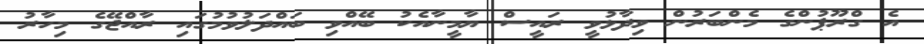
އެ ގްރޫޕުންގެ މެންބަރުން ވިދާޅުވީ ރައީސް ޔާމީނާއެކު ބޭއްވި ބައްދަލުވުމުގައި ރާއްޖޭގެ މިހާރު